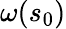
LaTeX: \omega(s_{0})